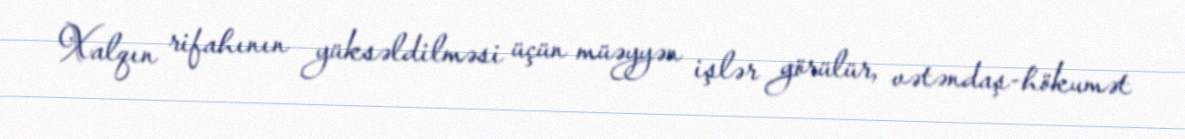
Xalqın rifahının yüksəldilməsi üçün müəyyən işlər görülür, vətəndaş-hökumət